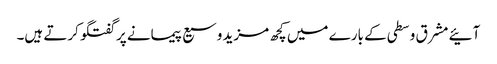
آئیے مشرق وسطی کے بارے میں کچھ مزید وسیع پیمانے پر گفتگو کرتے ہیں۔